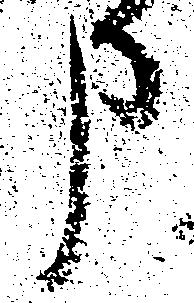
申